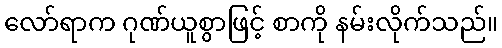
လော်ရာက ဂုဏ်ယူစွာဖြင့် စာကို နမ်းလိုက်သည်။